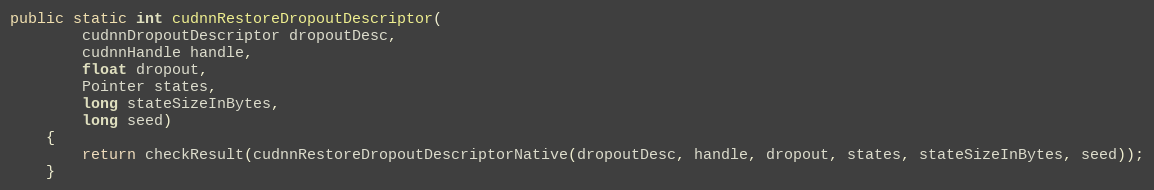
Language: Java
public static int cudnnRestoreDropoutDescriptor(
        cudnnDropoutDescriptor dropoutDesc,
        cudnnHandle handle,
        float dropout,
        Pointer states,
        long stateSizeInBytes,
        long seed)
    {
        return checkResult(cudnnRestoreDropoutDescriptorNative(dropoutDesc, handle, dropout, states, stateSizeInBytes, seed));
    }